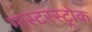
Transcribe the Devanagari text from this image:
मास्टरस्ट्रोक